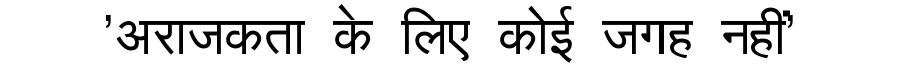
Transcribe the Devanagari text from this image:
'अराजकता के लिए कोई जगह नहीं'